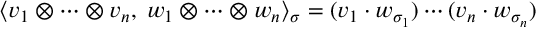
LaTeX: \langle v _ { 1 } \otimes \cdots \otimes v _ { n } , \; w _ { 1 } \otimes \cdots \otimes w _ { n } \rangle _ { \sigma } = ( v _ { 1 } \cdot w _ { \sigma _ { 1 } } ) \cdots ( v _ { n } \cdot w _ { \sigma _ { n } } )